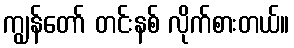
ကျွန်တော် တင်းနစ် လိုက်စားတယ်။